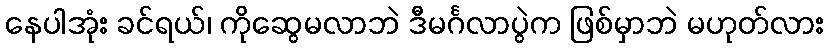
နေပါအုံး ခင်ရယ်၊ ကိုဆွေမလာဘဲ ဒီမင်္ဂလာပွဲက ဖြစ်မှာဘဲ မဟုတ်လား